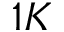
1 K